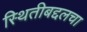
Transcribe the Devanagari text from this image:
स्थितीबद्दलचा